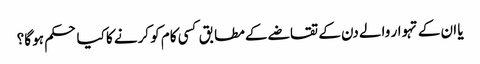
یا ان کے تہوار والے دن کے تقاضے کے مطابق کسی کام کو کرنے کا کیا حکم ہو گا؟